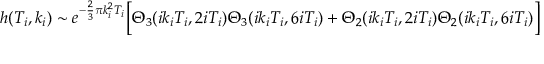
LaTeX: h ( T _ { i } , k _ { i } ) \sim e ^ { - \frac { 2 } { 3 } \pi k _ { i } ^ { 2 } T _ { i } } \Bigl [ \Theta _ { 3 } ( i k _ { i } T _ { i } , 2 i T _ { i } ) \Theta _ { 3 } ( i k _ { i } T _ { i } , 6 i T _ { i } ) + \Theta _ { 2 } ( i k _ { i } T _ { i } , 2 i T _ { i } ) \Theta _ { 2 } ( i k _ { i } T _ { i } , 6 i T _ { i } ) \Bigr ]